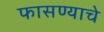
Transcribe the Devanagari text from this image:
फासण्याचे